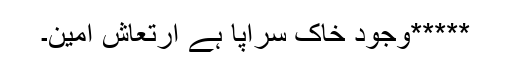
*****وجود خاک سراپا ہے ارتعاش امین۔